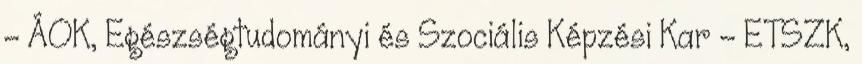
- ÁOK, Egészségtudományi és Szociális Képzési Kar - ETSZK,